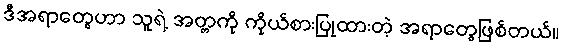
ဒီအရာတွေဟာ သူရဲ့ အတ္တကို ကိုယ်စားပြုထားတဲ့ အရာတွေဖြစ်တယ်။